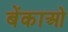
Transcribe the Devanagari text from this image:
बेंकाओ